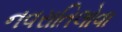
નવરાતિલોવા